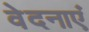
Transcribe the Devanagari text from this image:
वेदनाएं